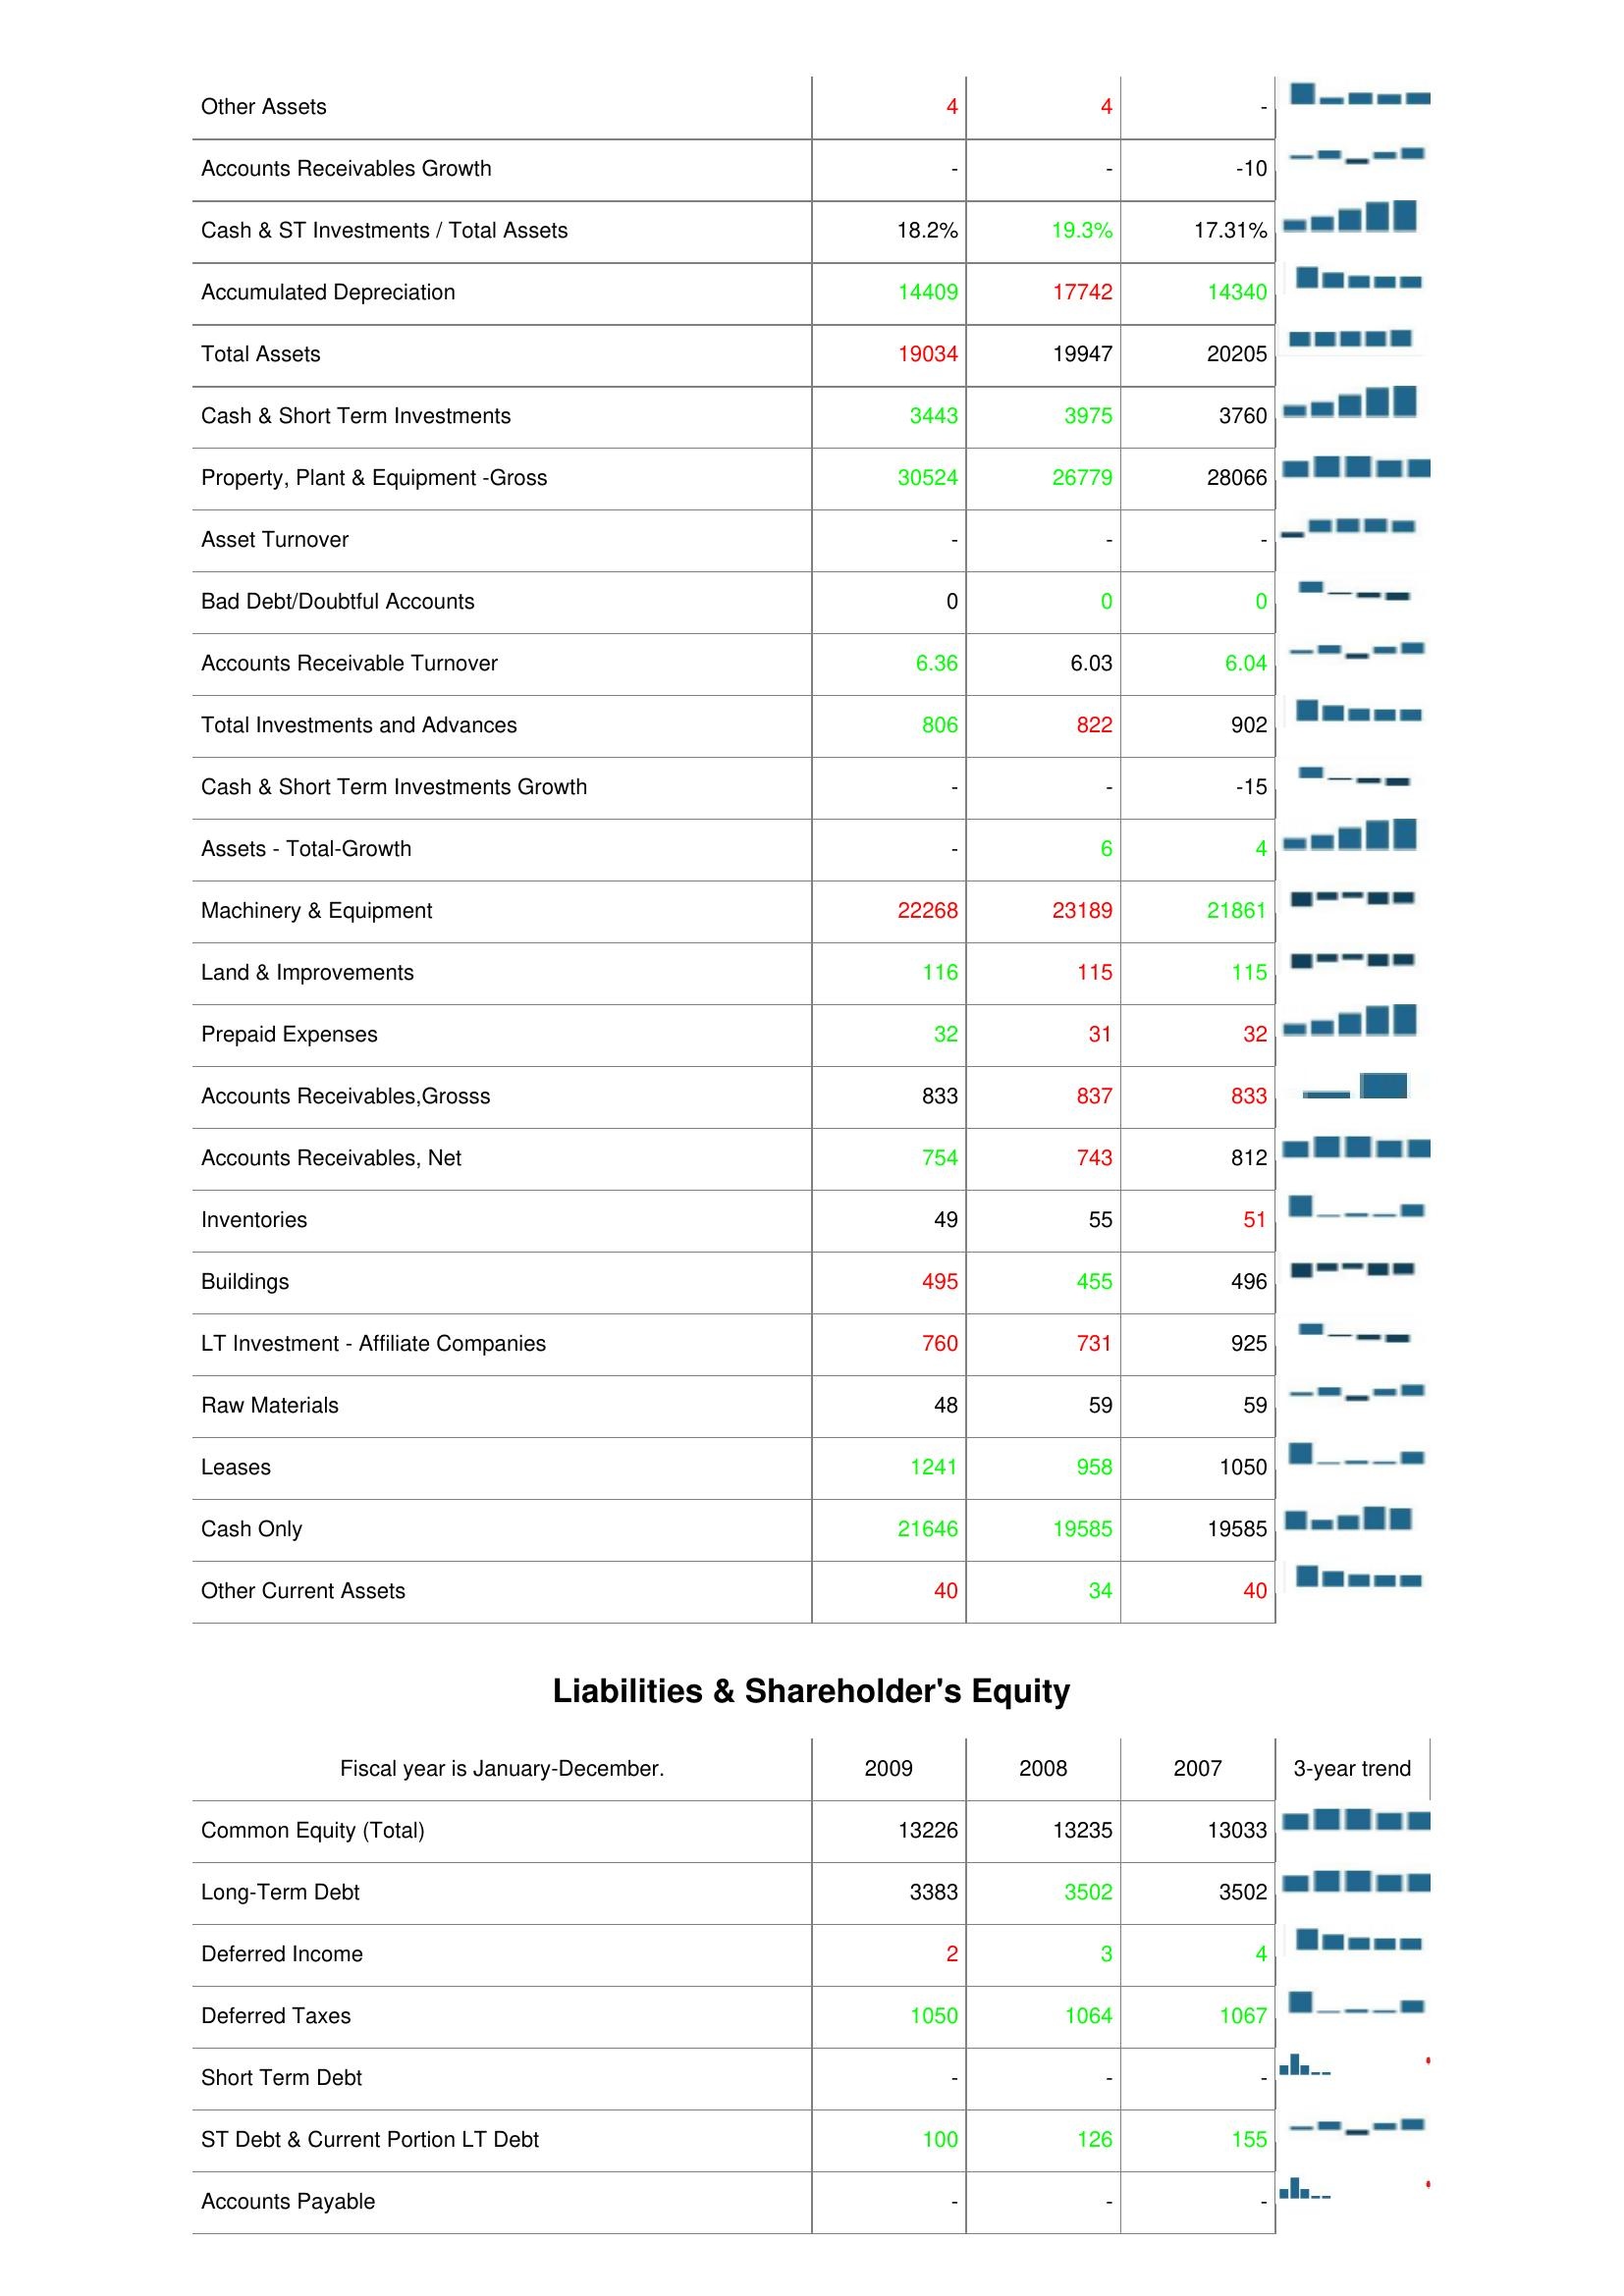
2009: Assets: Other Assets: 4
Accounts Receivables Growth: -
Cash & ST Investments / Total Assets: 18.2%
Accumulated Depreciation: 14409
Total Assets: 19034
Cash & Short Term Investments: 3443
Property, Plant & Equipment -Gross: 30524
Asset Turnover: -
Bad Debt/Doubtful Accounts: 0
Accounts Receivable Turnover: 6.36
Total Investments and Advances: 806
Cash & Short Term Investments Growth: -
Assets - Total-Growth: -
Machinery & Equipment: 22268
Land & Improvements: 116
Prepaid Expenses: 32
Accounts Receivables,Grosss: 833
Accounts Receivables, Net: 754
Inventories: 49
Buildings: 495
LT Investment - Affiliate Companies: 760
Raw Materials: 48
Leases: 1241
Cash Only: 21646
Other Current Assets: 40
Liabilities & Shareholder's Equity: Common Equity (Total): 13226
Long-Term Debt: 3383
Deferred Income: 2
Deferred Taxes: 1050
Short Term Debt: -
ST Debt & Current Portion LT Debt: 100
Accounts Payable: -
2008: Assets: Other Assets: 4
Accounts Receivables Growth: -
Cash & ST Investments / Total Assets: 19.3%
Accumulated Depreciation: 17742
Total Assets: 19947
Cash & Short Term Investments: 3975
Property, Plant & Equipment -Gross: 26779
Asset Turnover: -
Bad Debt/Doubtful Accounts: 0
Accounts Receivable Turnover: 6.03
Total Investments and Advances: 822
Cash & Short Term Investments Growth: -
Assets - Total-Growth: 6
Machinery & Equipment: 23189
Land & Improvements: 115
Prepaid Expenses: 31
Accounts Receivables,Grosss: 837
Accounts Receivables, Net: 743
Inventories: 55
Buildings: 455
LT Investment - Affiliate Companies: 731
Raw Materials: 59
Leases: 958
Cash Only: 19585
Other Current Assets: 34
Liabilities & Shareholder's Equity: Common Equity (Total): 13235
Long-Term Debt: 3502
Deferred Income: 3
Deferred Taxes: 1064
Short Term Debt: -
ST Debt & Current Portion LT Debt: 126
Accounts Payable: -
2007: Assets: Other Assets: -
Accounts Receivables Growth: -10
Cash & ST Investments / Total Assets: 17.31%
Accumulated Depreciation: 14340
Total Assets: 20205
Cash & Short Term Investments: 3760
Property, Plant & Equipment -Gross: 28066
Asset Turnover: -
Bad Debt/Doubtful Accounts: 0
Accounts Receivable Turnover: 6.04
Total Investments and Advances: 902
Cash & Short Term Investments Growth: -15
Assets - Total-Growth: 4
Machinery & Equipment: 21861
Land & Improvements: 115
Prepaid Expenses: 32
Accounts Receivables,Grosss: 833
Accounts Receivables, Net: 812
Inventories: 51
Buildings: 496
LT Investment - Affiliate Companies: 925
Raw Materials: 59
Leases: 1050
Cash Only: 19585
Other Current Assets: 40
Liabilities & Shareholder's Equity: Common Equity (Total): 13033
Long-Term Debt: 3502
Deferred Income: 4
Deferred Taxes: 1067
Short Term Debt: -
ST Debt & Current Portion LT Debt: 155
Accounts Payable: -